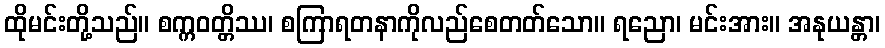
ထိုမင်းတို့သည်။ စက္ကဝတ္တိဿ၊ စကြာရတနာကိုလည်စေတတ်သော။ ရညော၊ မင်းအား။ အနုယန္တာ၊